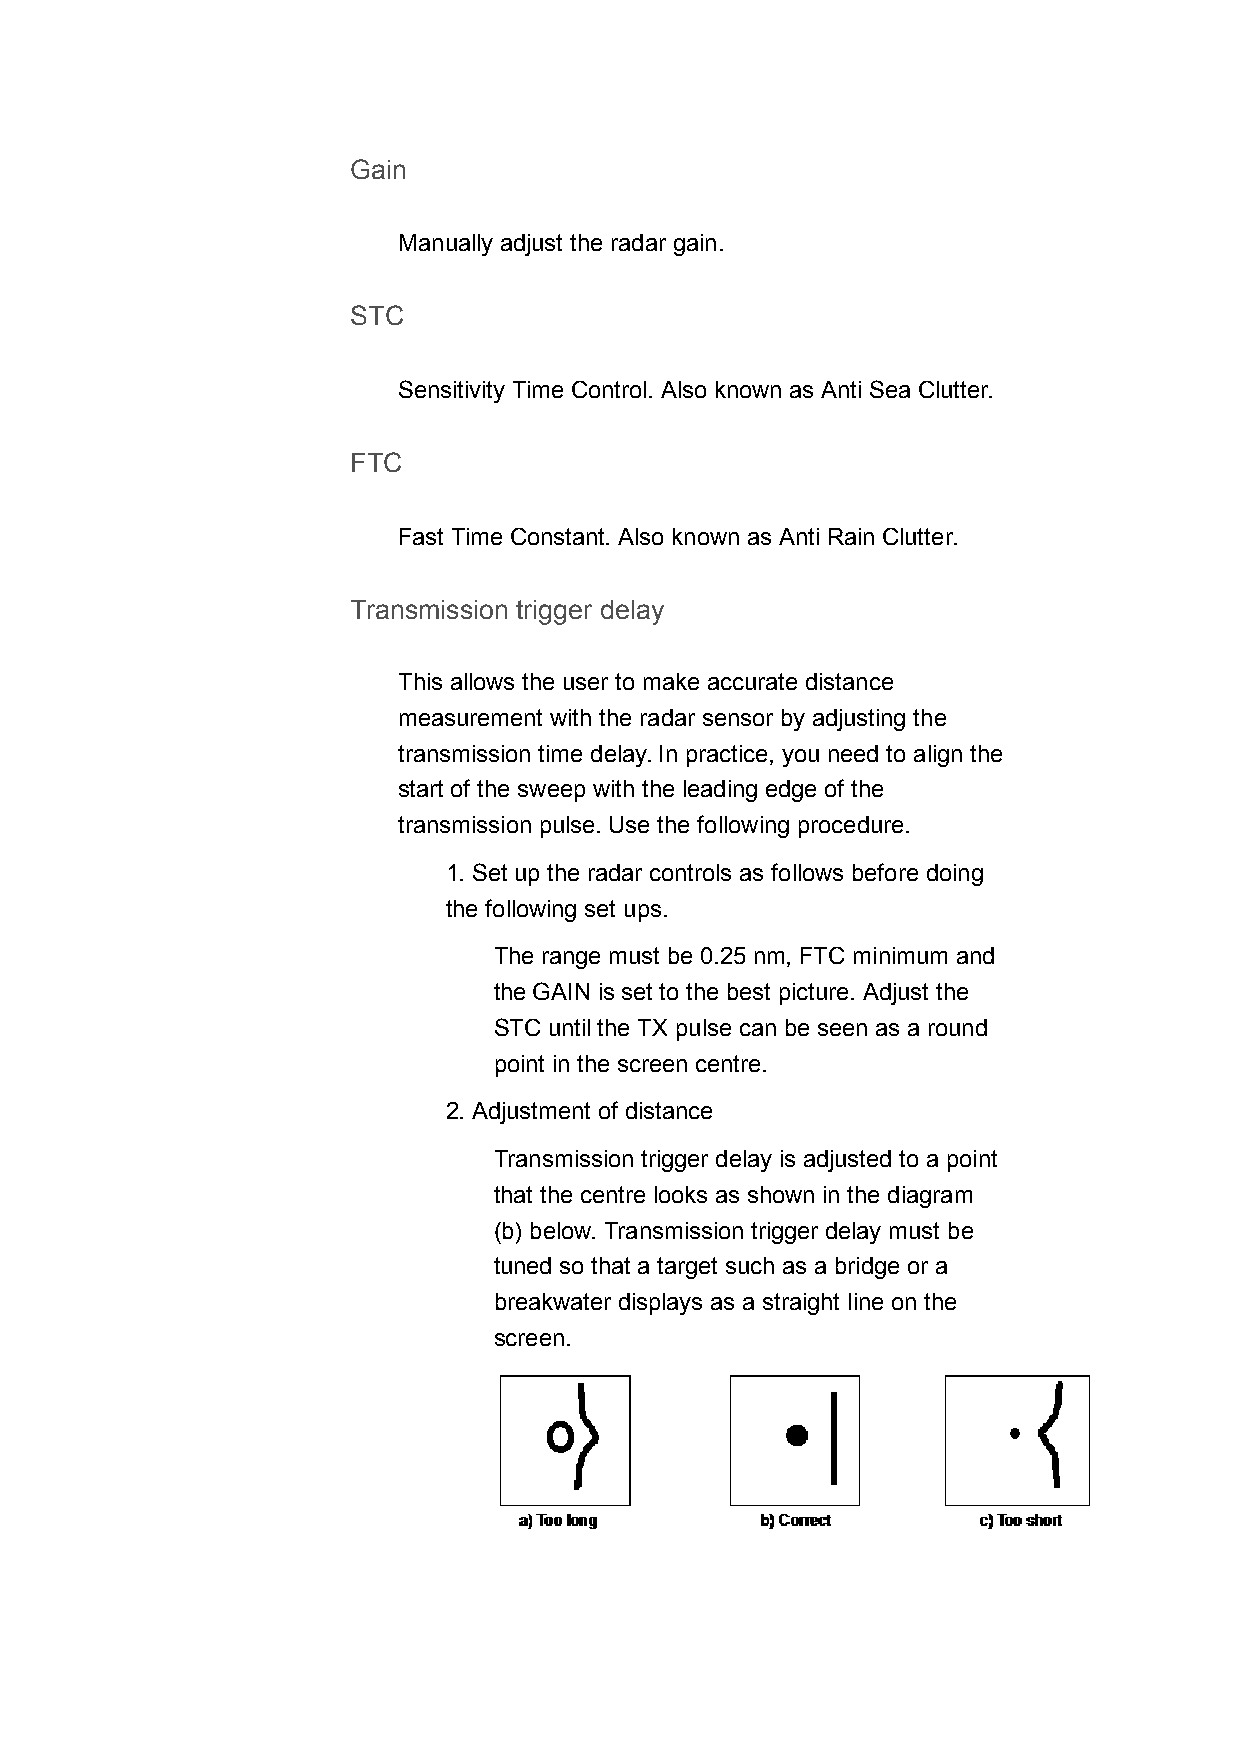
Gain
 Manually adjust the radar gain.
 STC
 Sensitivity Time Control. Also known as Anti Sea Clutter.
 FTC
 Fast Time Constant. Also known as Anti Rain Clutter.
 Transmission trigger delay
 This allows the user to make accurate distance
 measurement with the radar sensor by adjusting the
 transmission time delay. In practice, you need to align the
 start of the sweep with the leading edge of the
 transmission pulse. Use the following procedure.
 1. Set up the radar controls as follows before doing
 the following set ups.
 The range must be 0.25 nm, FTC minimum and
 the GAIN is set to the best picture. Adjust the
 STC until the TX pulse can be seen as a round
 point in the screen centre.
 2. Adjustment of distance
 Transmission trigger delay is adjusted to a point
 that the centre looks as shown in the diagram
 (b) below. Transmission trigger delay must be
 tuned so that a target such as a bridge or a
 breakwater displays as a straight line on the
 screen.